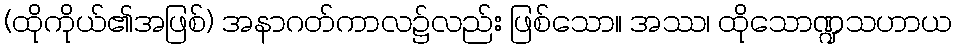
(ထိုကိုယ်၏အဖြစ်) အနာဂတ်ကာလ၌လည်း ဖြစ်သော။ အဿ၊ ထိုသောဏ္ဍသဟာယ